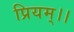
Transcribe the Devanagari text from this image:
प्रियम्।।